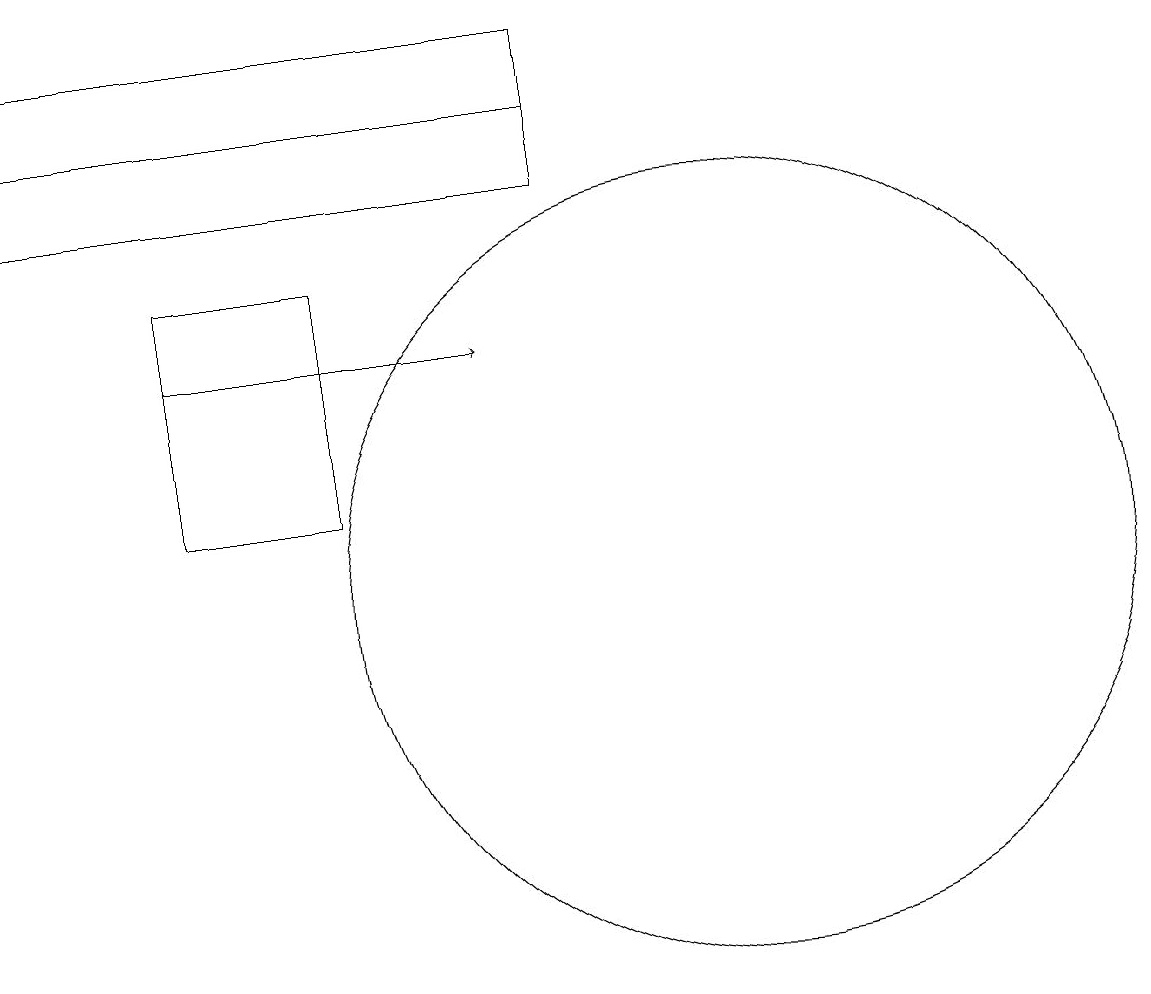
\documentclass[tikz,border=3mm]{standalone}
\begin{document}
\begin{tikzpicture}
\draw (6,14) rectangle (4,11);
\draw (9,16) rectangle (2,15);
\draw (11,10) circle (5);
\draw[->] (4,13) -- (8,13);
\draw (9,17) rectangle (2,16);
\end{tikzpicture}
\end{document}